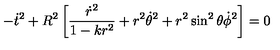
- { \dot { t } } ^ { 2 } + R ^ { 2 } \left[ \frac { { \dot { r } } ^ { 2 } } { 1 - k r ^ { 2 } } + r ^ { 2 } { \dot { \theta } } ^ { 2 } + r ^ { 2 } \sin ^ { 2 } { \theta } { \dot { \phi } } ^ { 2 } \right] = 0